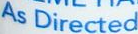
As Directed